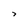
Character: 7